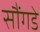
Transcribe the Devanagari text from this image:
सौंगडे